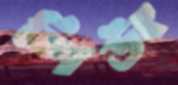
লিউং